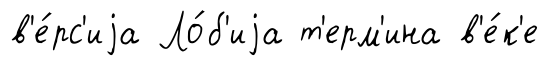
в'е́рс'иjа Ло́б'иjа т'ерм'ина в'е́к'е